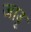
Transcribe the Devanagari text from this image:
जाउू